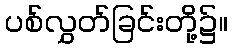
ပစ်လွှတ်ခြင်းတို့၌။